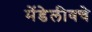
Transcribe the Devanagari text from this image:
मेंडेलीवचे